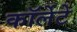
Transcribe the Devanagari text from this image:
कॉर्लेटे